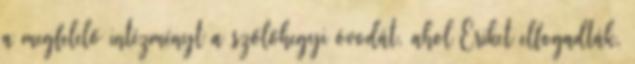
a megfelelő intézményt a szőlőhegyi óvodát, ahol Eriket elfogadták,